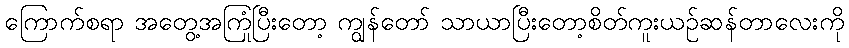
ကြောက်စရာ အတွေ့အကြုံပြီးတော့ ကျွန်တော် သာယာပြီးတော့စိတ်ကူးယဉ်ဆန်တာလေးကို